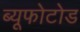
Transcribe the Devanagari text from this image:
ब्यूफोटोड